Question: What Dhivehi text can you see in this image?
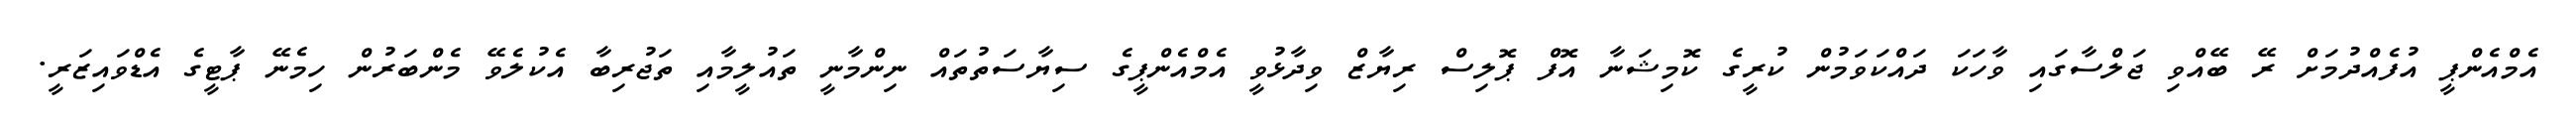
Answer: އެމްއެންޕީ އުފެއްދުމަށް ރޭ ބޭއްވި ޖަލްސާގައި ވާހަކަ ދައްކަވަމުން ކުރީގެ ކޮމިޝަނާ އޮފް ޕޮލިސް ރިޔާޒް ވިދާޅުވީ އެމްއެންޕީގެ ސިޔާސަތުތައް ނިންމާނީ ތައުލީމާއި ތަޖުރިބާ އެކުލެވޭ މެންބަރުން ހިމެނޭ ޕާޓީގެ އެޑްވައިޒަރީ.